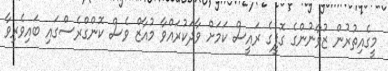
މީގެއިތުރުން ޒުވާނުންގެ ގޮފީގެ ރައީސް ކަމަށް ވާދަކުރައްވާ މުއާޒް ވެސް ކޮންގްރެސްގައި ބައިވެރިވާ